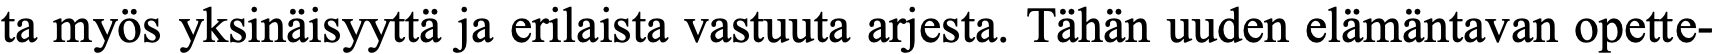
ta myös yksinäisyyttä ja erilaista vastuuta arjesta. Tähän uuden elämäntavan opette-